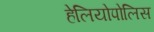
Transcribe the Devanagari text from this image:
हेलियोपोलिस